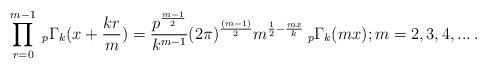
LaTeX: \begin{align*}\:\prod_{r=0}^{m-1}\:_{p}\Gamma_{k}(x+\frac{kr}{m})=\frac{p^{\frac{m-1}{2}}}{k^{m-1}}(2 \pi )^{\frac{(m-1)}{2}}m^{\frac{1}{2}-\frac{mx}{k}}\:_{p}\Gamma_{k}(mx); m=2,3,4,... \: .\end{align*}